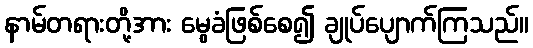
နာမ်တရားတို့အား မွေခံဖြစ်စေ၍ ချုပ်ပျောက်ကြသည်။